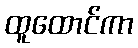
ထူထောင်ကာ